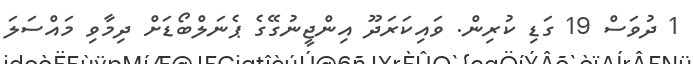
1 ދުވަސް 19 ގަޑި ކުރިން. ވައިކަރަދޫ އިންޖީނުގޭގެ ޕެނަލްބޯޑަށް ދިމާވި މައްސަލަ